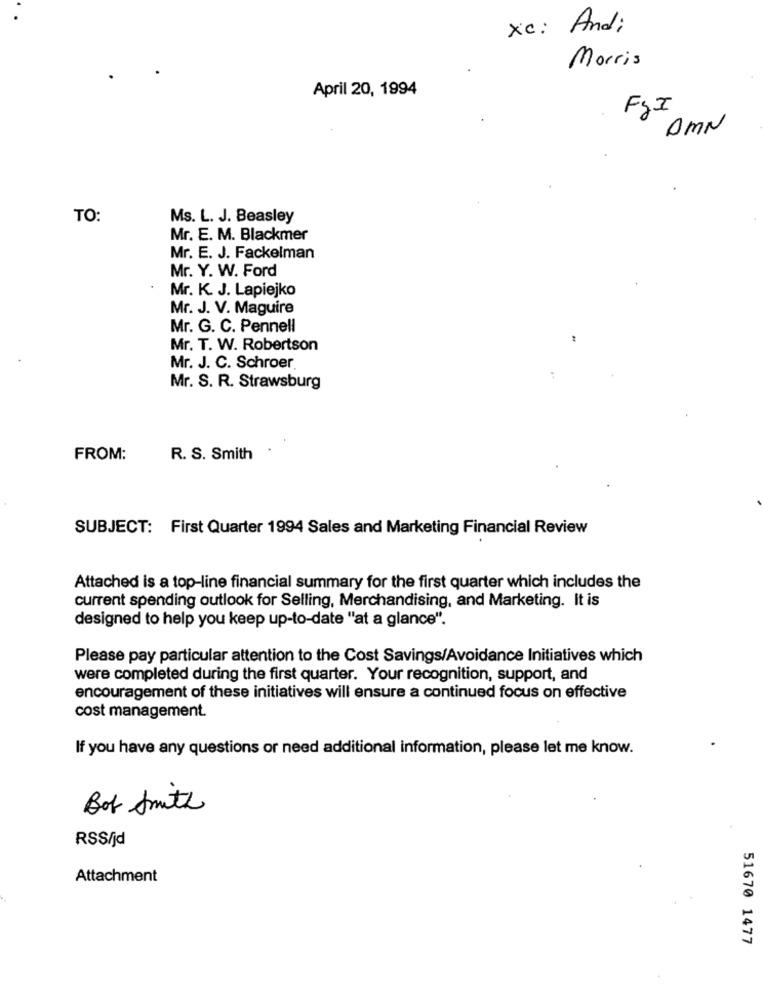
xc :
And:
Morris
April 20, 1994
FSI
0MN
TO:
Ms. L. J. Beasley
Mr. E. M. Blackmer
Mr. E. J. Fackelman
Mr. Y. W. Ford
Mr. K. J. Lapiejko
Mr. J. V. Maguire
Mr. G. C. Pennell
Mr. T. W. Robertson
Mr. J. C. Schroer.
Mr. S. R. Strawsburg
FROM:
R. S. Smith
SUBJECT: First Quarter 1994 Sales and Marketing Financial Review
Attached is a top-line financial summary for the first quarter which includes the
current spending outlook for Selling, Merchandising, and Marketing. It is
designed to help you keep up-to-date "at a glance".
Please pay particular attention to the Cost Savings/Avoidance Initiatives which
were completed during the first quarter. Your recognition, support, and
encouragement of these initiatives will ensure a continued focus on effective
cost management.
If you have any questions or need additional information, please let me know.
Bot Smith
RSS/jd
Attachment
51670 1477